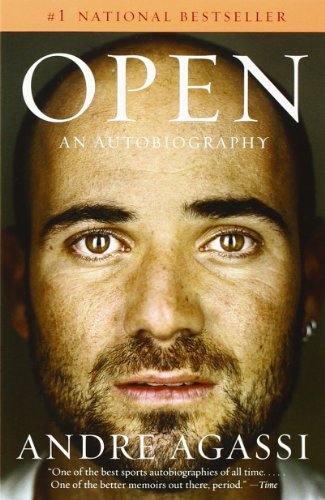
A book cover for Open: An Autobiography; Andre Agassi; Biographies & Memoirs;